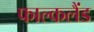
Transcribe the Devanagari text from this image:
फाल्कलैंड